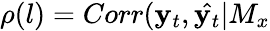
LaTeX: \rho(l)=Corr(\mathbf{y}_{t},\hat{{\mathbf{y}_{t}}}|M_{x}